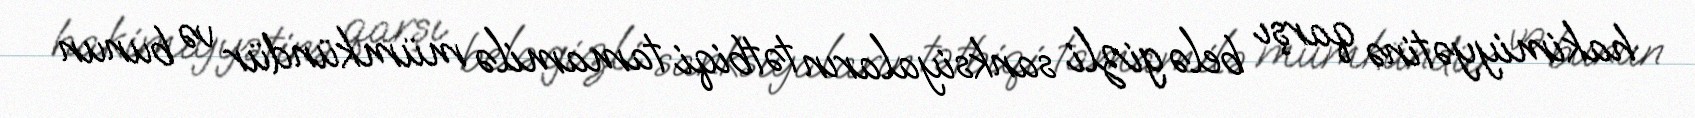
hakimiyyətinə qarşı belə gizli sanksiyaların tətbiqi tamamilə mümkündür və bunun